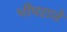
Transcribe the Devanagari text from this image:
भीमराजें